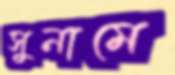
সুনামে